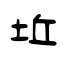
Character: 坵